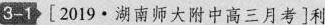
3-1 [2019·湖南师大附中高三月考]利